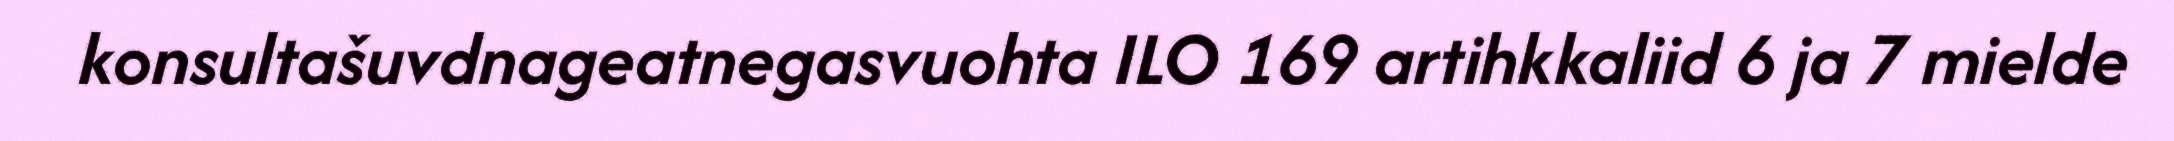
konsultašuvdnageatnegasvuohta ILO 169 artihkkaliid 6 ja 7 mielde